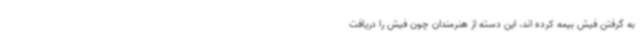
به گرفتن فیش بیمه کرده اند، این دسته از هنرمندان چون فیش را دریافت